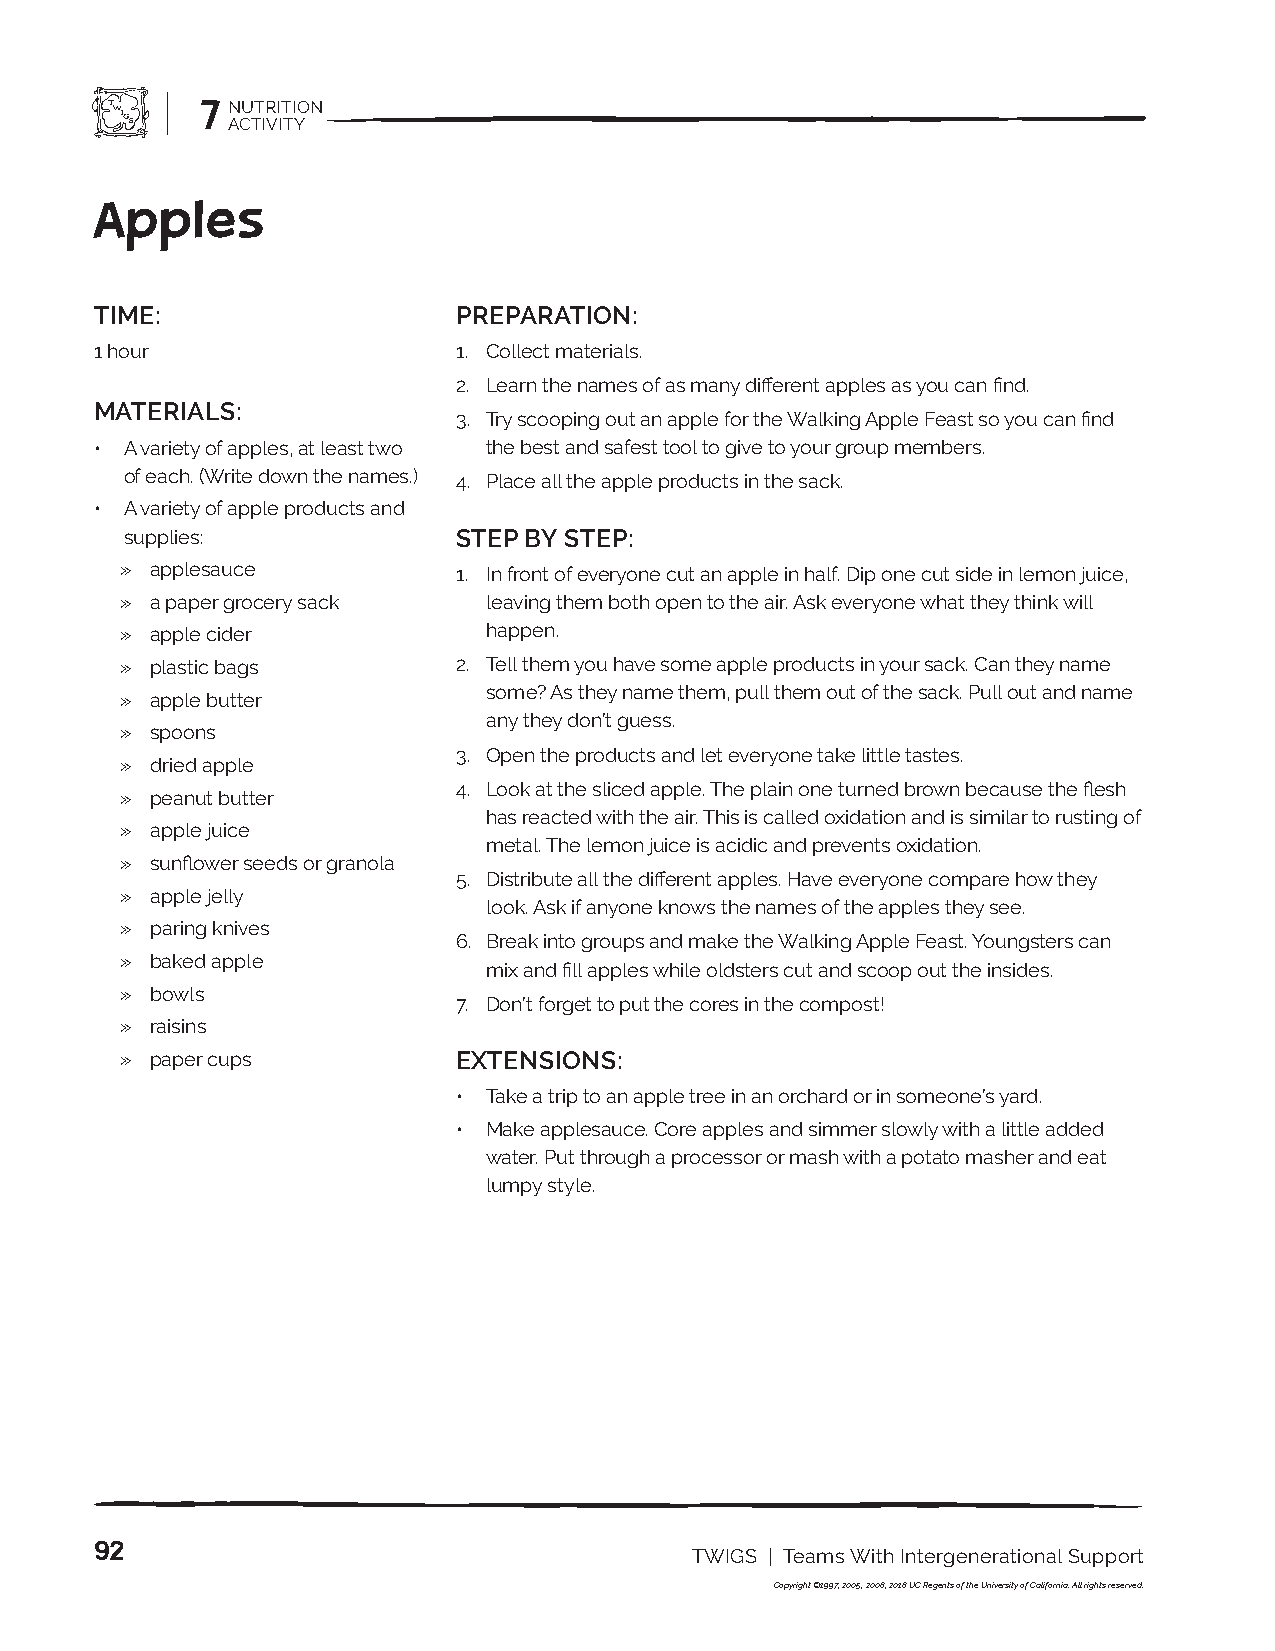
7 NUTRITION
 ACTIVITY
 Apples
 TIME:                   PREPARATION:
 1 hour                  1. Collect materials.
 2. Learn the names of as many different apples as you can find.
 MATERIALS:
 3. Try scooping out an apple for the Walking Apple Feast so you can find
 • A variety of apples, at least two the best and safest tool to give to your group members.
 of each. (Write down the names.) 4. Place all the apple products in the sack.
 • A variety of apple products and
 supplies:             STEP BY STEP:
 » applesauce          1. In front of everyone cut an apple in half. Dip one cut side in lemon juice,
 » a paper grocery sack  leaving them both open to the air. Ask everyone what they think will
 » apple cider           happen.
 » plastic bags        2. Tell them you have some apple products in your sack. Can they name
 some? As they name them, pull them out of the sack. Pull out and name
 » apple butter
 any they don’t guess.
 » spoons
 3. Open the products and let everyone take little tastes.
 » dried apple
 4. Look at the sliced apple. The plain one turned brown because the flesh
 » peanut butter
 has reacted with the air. This is called oxidation and is similar to rusting of
 » apple juice
 metal. The lemon juice is acidic and prevents oxidation.
 » sunflower seeds or granola
 5. Distribute all the different apples. Have everyone compare how they
 » apple jelly
 look. Ask if anyone knows the names of the apples they see.
 » paring knives
 6. Break into groups and make the Walking Apple Feast. Youngsters can
 » baked apple
 mix and fill apples while oldsters cut and scoop out the insides.
 » bowls
 7. Don’t forget to put the cores in the compost!
 » raisins
 » paper cups          EXTENSIONS:
 • Take a trip to an apple tree in an orchard or in someone’s yard.
 • Make applesauce. Core apples and simmer slowly with a little added
 water. Put through a processor or mash with a potato masher and eat
 lumpy style.
 92
 TWIGS | Teams With Intergenerational Support
 Copyright ©1997, 2005, 2008, 2018 UC Regents of the University of California. All rights reserved.